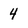
Character: 4